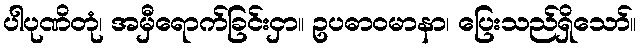
ပါပုဏိတုံ၊ အမှီရောက်ခြင်းငှာ။ ဥပဓာဝမာနာ၊ ပြေးသည်ရှိသော်။